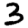
Digit: 3